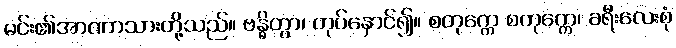
မင်း၏အာဏာသားတို့သည်။ ဗန္ဓိတွာ၊ တုပ်နှောင်၍။ စတုက္ကေ စတုက္ကေ၊ ခရီးလေးစုံ